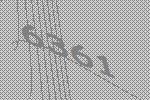
6361